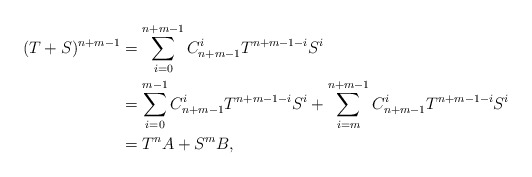
\begin{align*}(T+S)^{n+m-1}&=\sum_{i=0}^{n+m-1}C_{n+m-1}^{i}T^{n+m-1-i}S^{i}\\&=\sum_{i=0}^{m-1}C_{n+m-1}^{i}T^{n+m-1-i}S^{i}+\sum_{i=m}^{n+m-1}C_{n+m-1}^{i}T^{n+m-1-i}S^{i}\\&=T^{n}A+S^{m}B,\end{align*}